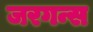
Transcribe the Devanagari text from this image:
जरगन्स